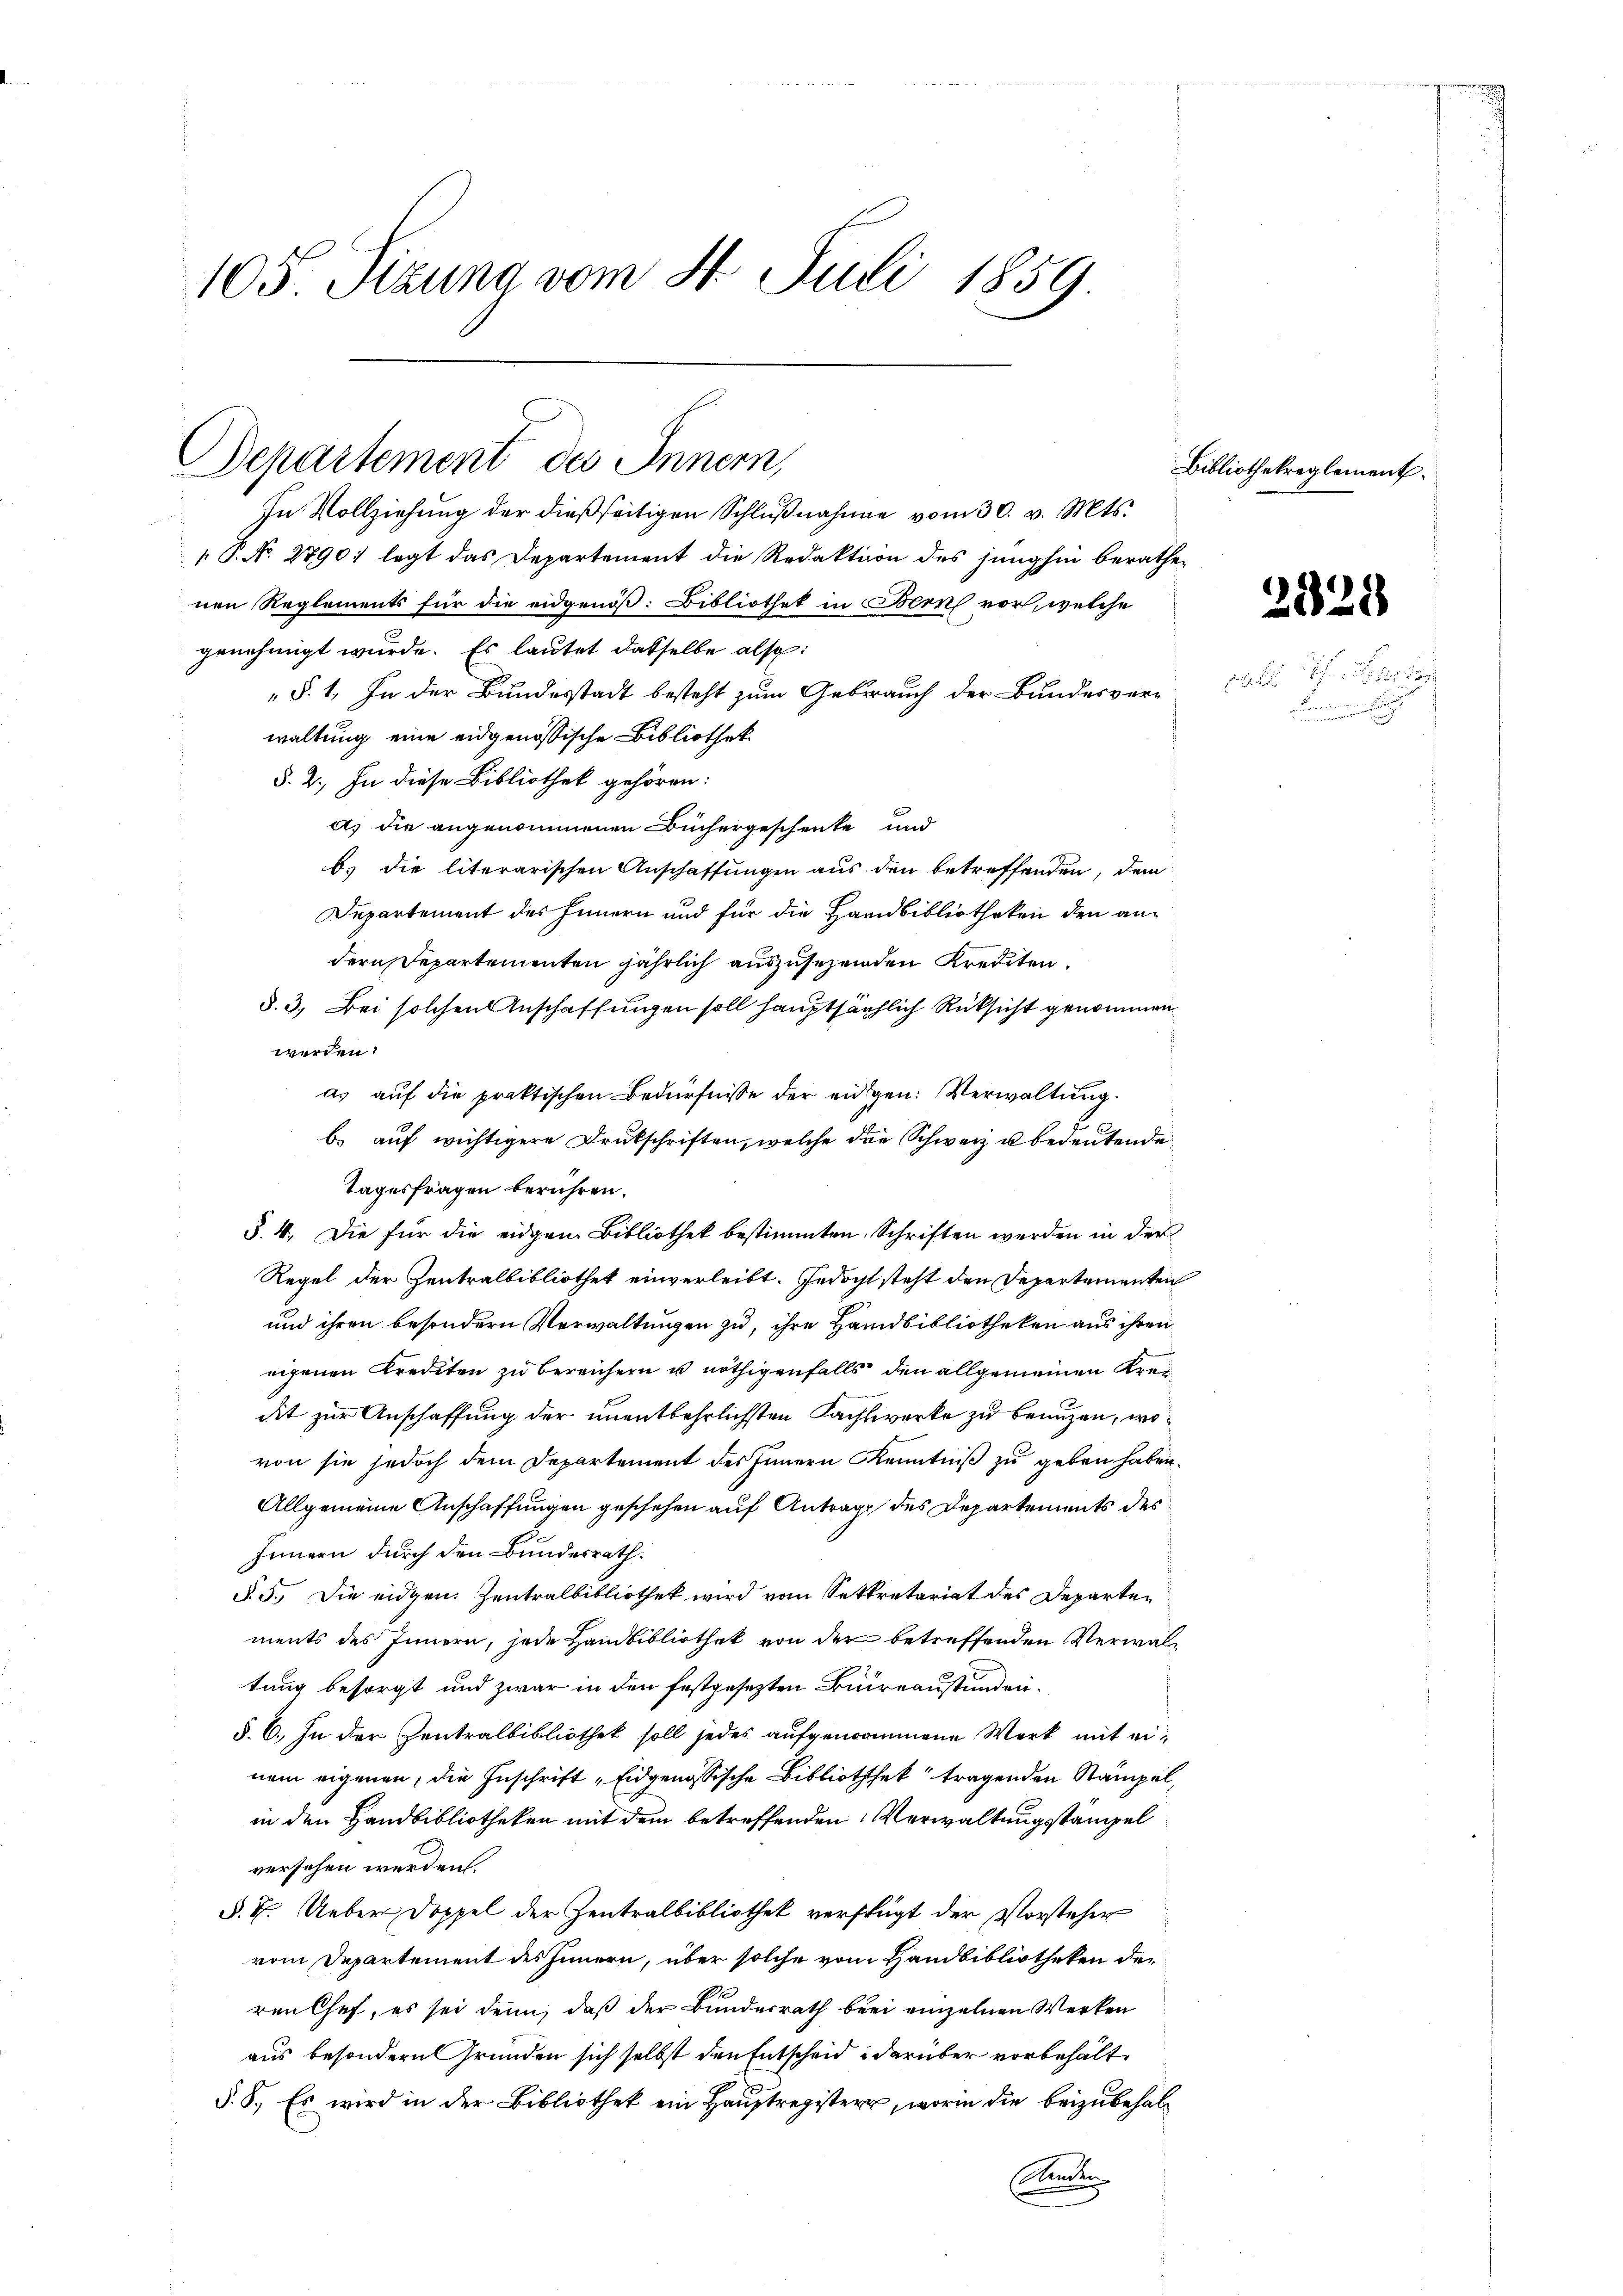
105 Sizung vom 4. Juli 1859.

Departement des Innern,

In Vollziehung der dießseitigen Schlŭβnahme vom 30. v. Mts.
 P. No. 2790) legt das Departement die Redaktion des junghin berathenen Reglements für die eidgenöß. Bibliothek in Bern vor, welche
genehmigt wurde. Es lautet dasselbe also:
§. 1. In der Bundesstadt besteht zum Gebrauch der Bundesverwaltung eine eidgenössische Bibliothek
§. 2.) In diese Bibliothek gehören:
a) die angenommenen Büchergeschenke und
b) die literarischen Anschaffungen aus den betreffenden, dem
Departement des Innern und für die Handbibliotheken den andern Departementen jährlich auszusehenden Krediten.
§. 3. Bei solchen Anschaffungen soll hauptsächlich Rücksicht genommen
werden.
as auf die praktischen Bedürfnisse der eidgen: Verwaltung.
b.) auf wichtigere Drukschriften, welche die Schweiz u. bedeutende
Tagesfragen berühren.
§. 4. Die für die eidgen Bibliothek bestimmten Schriften werden in der
Regel der Zentralbibliothek einverleibt. Jedoch steht den Departementen
und ihren besondern Verwaltungen zu, ihre Handbibliotheken aus ihren
eigenen Krediten zu bereichern u nöthigenfalls den allgemeinen Kreidit zur Anschaffung der unentbehrlichsten Pachtwerke zu benuzen, wovon sie jedoch dem Departement des Innern Kenntniß zu geben haben.
Allgemeine Anschaffungen geschehen auf Antrage des Departements des
Innern durch den Bundesrath.
§. 5. Die eidgen. Zentralbibliothek wird vom Settretariat des Departen
ments des Innern, jede Handbibliothek von der betreffenden Verwaltung besorgt und zwar in den festgesetzten Bureaustunden.
§. 6. In der Zentralbibliothek soll jedes aufgenommene Werk mit einem eigenen, die Zuschrift „Eidgenössische Bibliothek tragenden Stampel,
in den Handbibliotheken mit dem betreffenden Verwaltungsstampel
versehen werden.
§. 4. Ueber Doppel der Zentralbibliothek verfügt der Vorsteher
vom Departement des Innern, über solche vom Handbibliotheken der
ren Chef, es sei denn, daß der Bundesrath bei einzelnen Werken
aus besondern Gründen sich selbst den Entscheid darüber vorbehält.
§. 8. Es wird in der Bibliothek ein Hauptregistern, worin die beizubehal¬
Ste

Bibliothekreglement

2528

cat 18
n